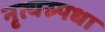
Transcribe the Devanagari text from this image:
नृत्यस्र्पधा